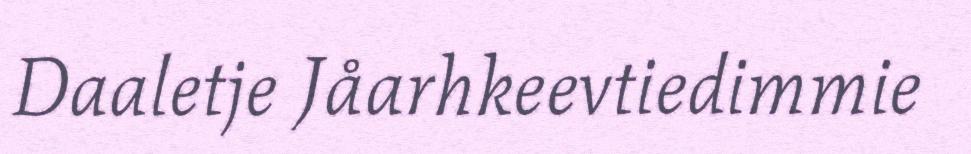
Daaletje Jåarhkeevtiedimmie